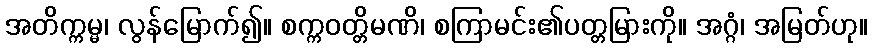
အတိက္ကမ္မ၊ လွန်မြောက်၍။ စက္ကဝတ္တိမဏိ၊ စကြာမင်း၏ပတ္တမြားကို။ အဂ္ဂံ၊ အမြတ်ဟု။